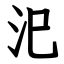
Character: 汜